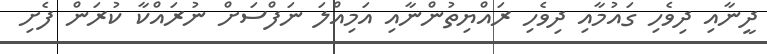
ދީނާއި ދިވެހި ގައުމާއި ދިވެހި ރައްޔިތުންނާއި އަމިއްލަ ނަފްސަށް ނުރައްކާ ކުރަން ފެށި